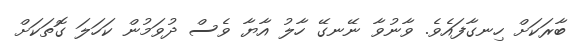
ބާރަކަށް ހިނގާފައެވެ. ވާނުވާ ނޭނގޭ ހާލު އާޔާ ވެސް ދުވަމުން ކަހަލަ ގޮތަކަށް